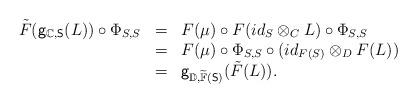
LaTeX: \begin{align*}\begin{array}{lll}\tilde{F}(\mathsf{g}_{\mathbb{C},\mathsf{S}}(L))\circ\Phi_{S,S}&=&F(\mu)\circ F(id_S\otimes_C L)\circ \Phi_{S,S}\\&=&F(\mu)\circ\Phi_{S,S}\circ (id_{F(S)}\otimes_D F(L))\\&=&\mathsf{g}_{\mathbb{D},\widetilde{\mathbb{F}}(\mathsf{S})}(\tilde{F}(L)).\end{array}\end{align*}